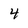
Character: 4